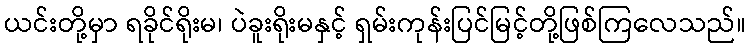
ယင်းတို့မှာ ရခိုင်ရိုးမ၊ ပဲခူးရိုးမနှင့် ရှမ်းကုန်းပြင်မြင့်တို့ဖြစ်ကြလေသည်။